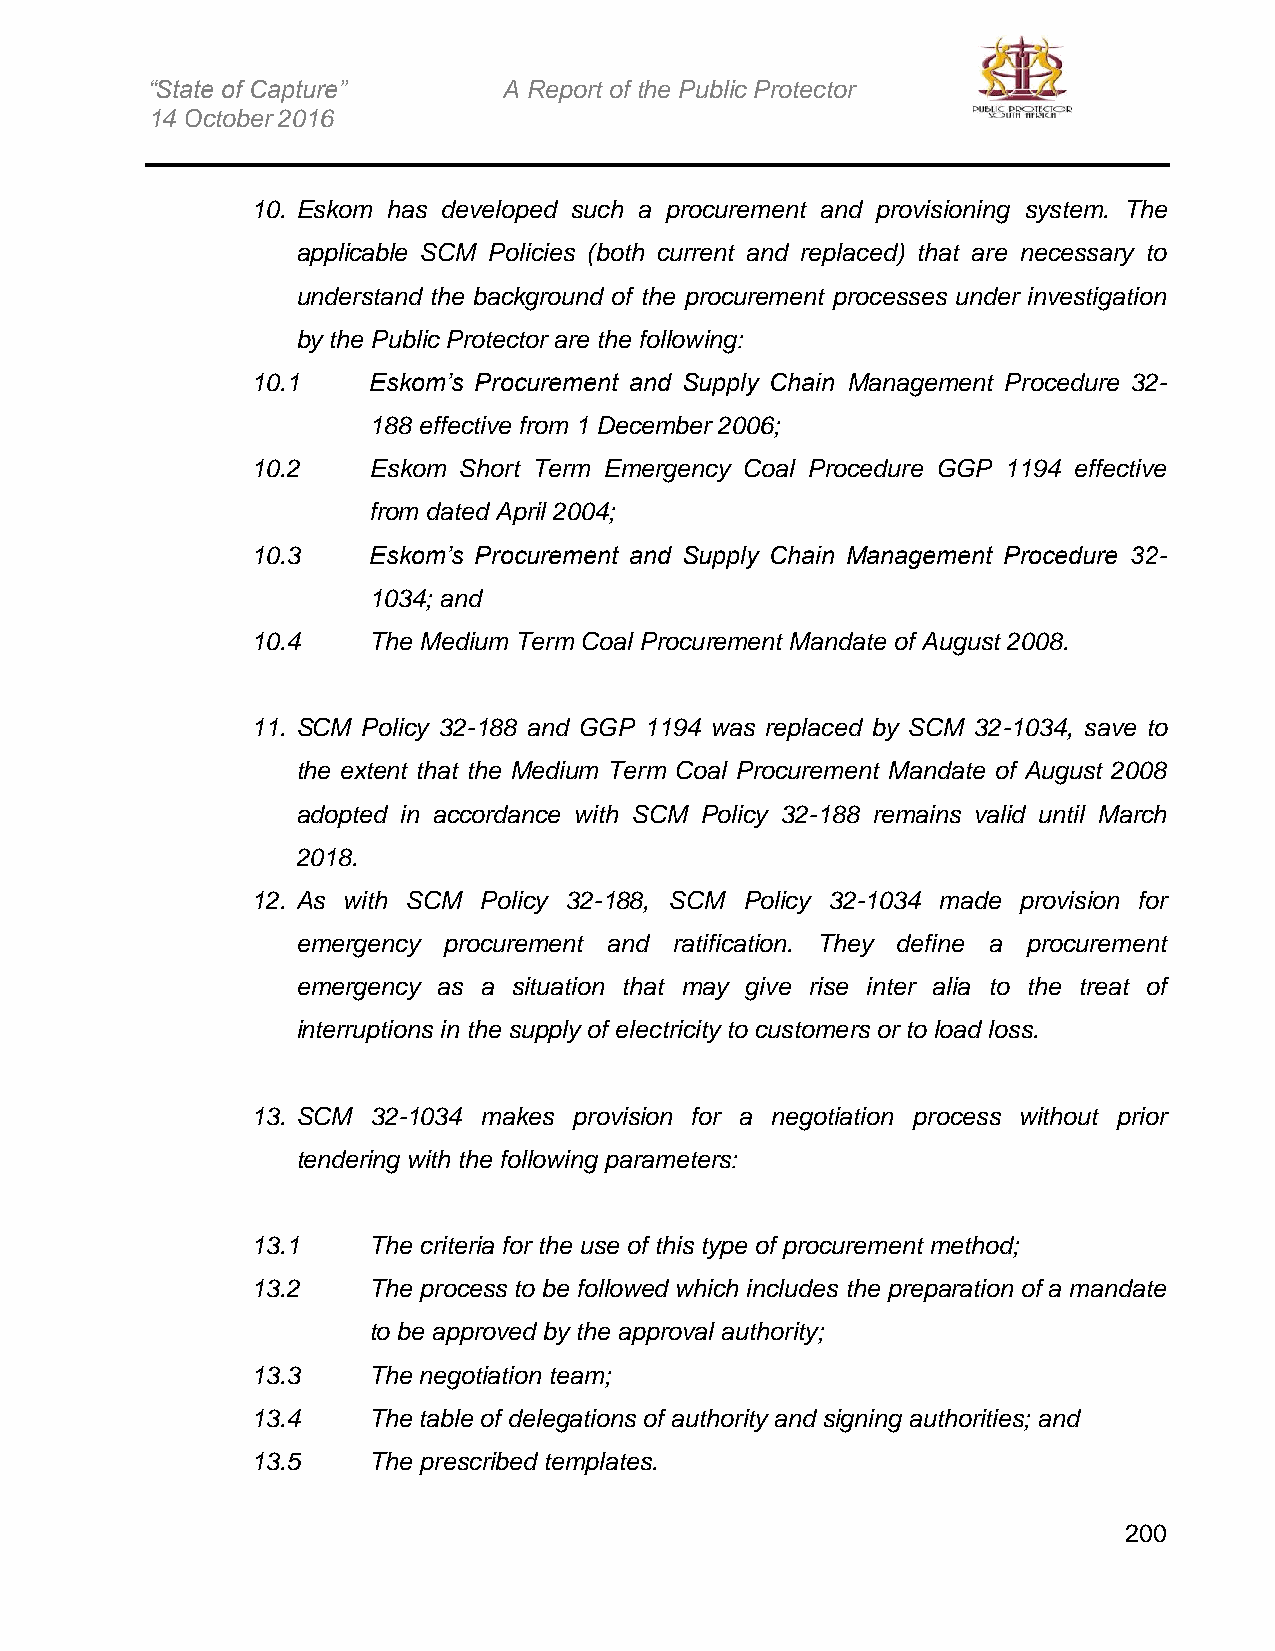
“State of Capture”     A Report of the Public Protector
 14 October 2016
 10. Eskom has developed such a procurement and provisioning system. The
 applicable SCM Policies (both current and replaced) that are necessary to
 understand the background of the procurement processes under investigation
 by the Public Protector are the following:
 10.1   Eskom’s Procurement and Supply Chain Management Procedure 32-
 188 effective from 1 December 2006;
 10.2   Eskom Short Term Emergency Coal Procedure GGP 1194 effective
 from dated April 2004;
 10.3   Eskom’s Procurement and Supply Chain Management Procedure 32-
 1034; and
 10.4   The Medium Term Coal Procurement Mandate of August 2008.
 11. SCM Policy 32-188 and GGP 1194 was replaced by SCM 32-1034, save to
 the extent that the Medium Term Coal Procurement Mandate of August 2008
 adopted in accordance with SCM Policy 32-188 remains valid until March
 2018.
 12. As with SCM Policy 32-188, SCM Policy 32-1034 made provision for
 emergency procurement and ratification. They define a procurement
 emergency as a situation that may give rise inter alia to the treat of
 interruptions in the supply of electricity to customers or to load loss.
 13. SCM 32-1034 makes provision for a negotiation process without prior
 tendering with the following parameters:
 13.1   The criteria for the use of this type of procurement method;
 13.2   The process to be followed which includes the preparation of a mandate
 to be approved by the approval authority;
 13.3   The negotiation team;
 13.4   The table of delegations of authority and signing authorities; and
 13.5   The prescribed templates.
 200